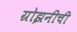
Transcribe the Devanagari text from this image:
ग्रोझनीची